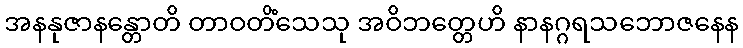
အနနုဇာနန္တောတိ တာဝတိံသေသု အဝိဘတ္တေဟိ နာနဂ္ဂရသဘောဇနေန